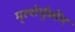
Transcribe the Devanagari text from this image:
मृत्‍योर्मुक्षीय